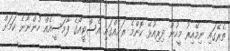
ތެރޭގައި ނިމޭއިރު މީހުން ދިރިއުޅޭ ކޮންމެ ރަށެއްގައި އެސްޓީއޯގެ ފާމަސީއެއް ހުންނާނެ ކަަމަށް